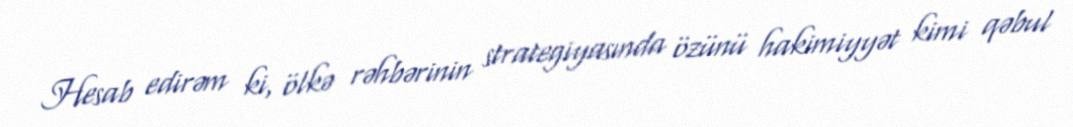
Hesab edirəm ki, ölkə rəhbərinin strategiyasında özünü hakimiyyət kimi qəbul